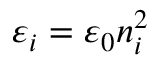
\varepsilon _ { i } = \varepsilon _ { 0 } n _ { i } ^ { 2 }